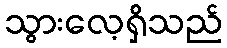
သွားလေ့ရှိသည်